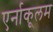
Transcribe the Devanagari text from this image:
एर्नाकूलम